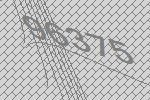
96375